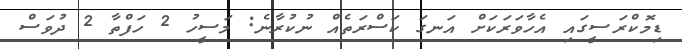
ޑިމޮކްރަސީގައި އެހާވަރަކަށް އަނގަ ކަސްރަތެއް ނުކުރާނެ: މަސީހު 2 ހަފްތާ 2 ދުވަސް